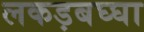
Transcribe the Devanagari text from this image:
लकड़बघ्घा